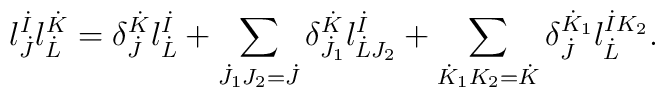
l^{\dot{I}}_{\dot{J}} l^{\dot{K}}_{\dot{L}} = \delta^{\dot{K}}_{\dot{J}} l^{\dot{I}}_{\dot{L}} +   \sum_{\dot{J}_1 J_2 = \dot{J}} \delta^{\dot{K}}_{\dot{J}_1} l^{\dot{I}}_{\dot{L} J_2} +    \sum_{\dot{K}_1 K_2 = \dot{K}} \delta^{\dot{K}_1}_{\dot{J}} l^{\dot{I} K_2}_{\dot{L}}.